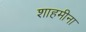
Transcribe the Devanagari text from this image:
शाहमीना